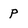
Character: P